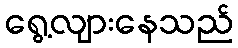
ရွေ့လျားနေသည်